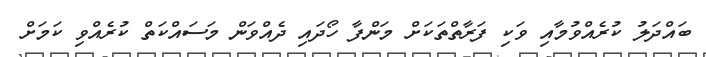
ބައްދަލު ކުރެއްވުމާއި ވަކި ފަރާތްތަކަށް މަންފާ ހޯދައި ދެއްވަން މަސައްކަތް ކުރެއްވި ކަމަށް